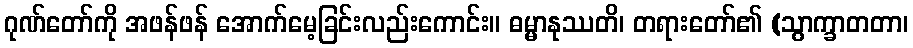
ဂုဏ်တော်ကို အဖန်ဖန် အောက်မေ့ခြင်းလည်းကောင်း။ ဓမ္မာနုဿတိ၊ တရားတော်၏ (သွာက္ခာတတာ၊